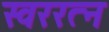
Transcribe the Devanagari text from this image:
स्वररत्न